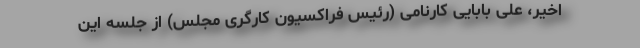
اخیر، علی بابایی کارنامی (رئیس فراکسیون کارگری مجلس) از جلسه این